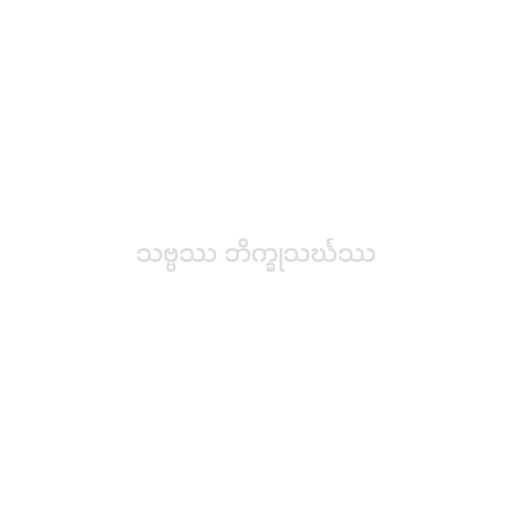
သဗ္ဗဿ ဘိက္ခုသင်္ဃဿ